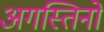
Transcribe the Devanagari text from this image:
अगस्तिनो